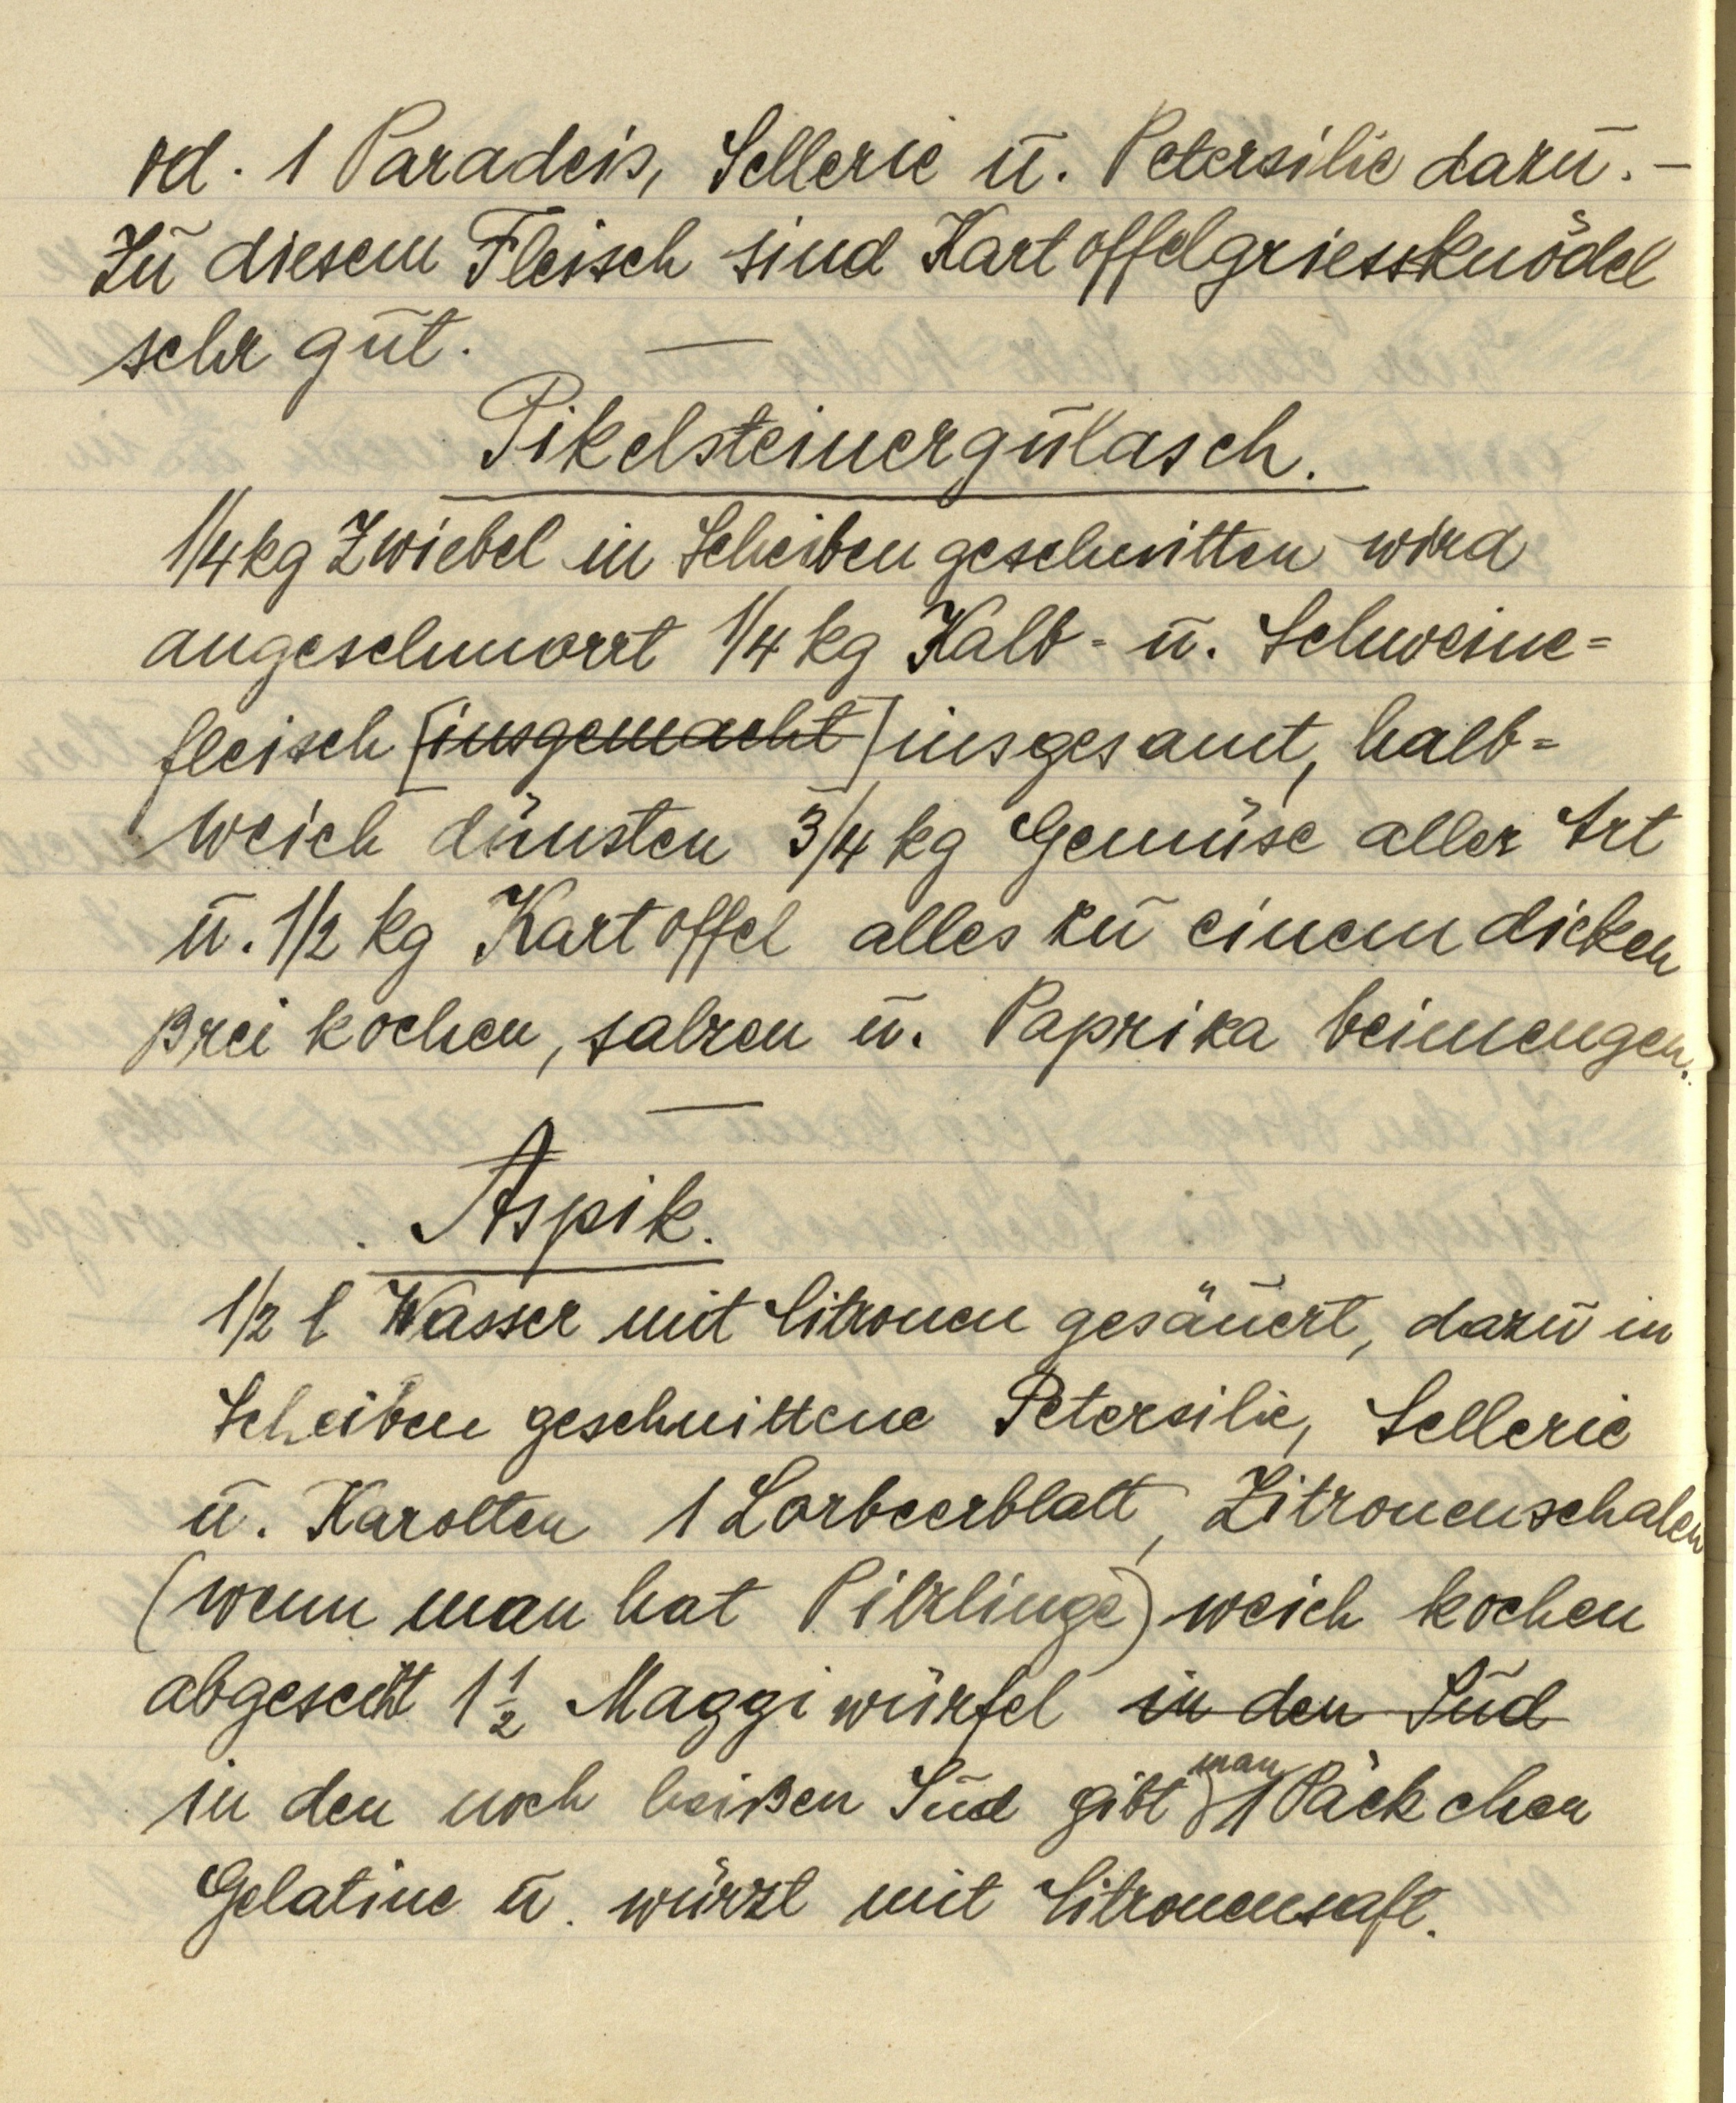
od. 1 Paradeis, Sellerie u. Petersilie dazu. —
Zu diesem Fleisch sind Kartoffelgriessknödel
sehr gut. —

Pikelsteinergulasch.
¼ kg Zwiebel in Scheiben geschnitten wird
angeschmorrt ¼ kg Kalb- u. Schweine¬
fleisch [insgemacht] insgesamt, halb¬
weich dünsten 3/4 kg Gemüse aller Art
u. ½ kg Kartoffel alles zu einem dicken
Brei kochen, salzen u. Paprika beimengen.

Aspik.
½ l Wasser mit Citronen gesäuert, dazu in
Scheiben geschnittene Petersilie, Sellerie
u. Karotten 1 Lorbeerblatt, Zitronenschalen
(wenn man hat Pilzlinge) weich kochen
abgeseiht 1 ½ Maggiwürfel in den Sud
man
in den noch heißen Sud gibt 1 Päckchen
Gelatine u. würzt mit Citronensaft.